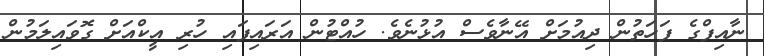
ނާއިފްގެ ފަހަތުން ދިއުމަށް އޭނާވެސް އުޅުނެވެ. ހުއްޓުން އަރައިފައި ހުރި އީކްއަށް ގޮވައިލަމުން